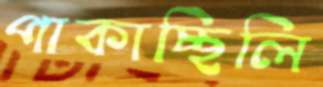
পাকাচ্ছিলি